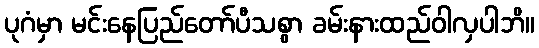
ပုဂံမှာ မင်းနေပြည်တော်ပီသစွာ ခမ်းနားထည်ဝါလှပါဘိ။